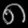
Digit: ၈